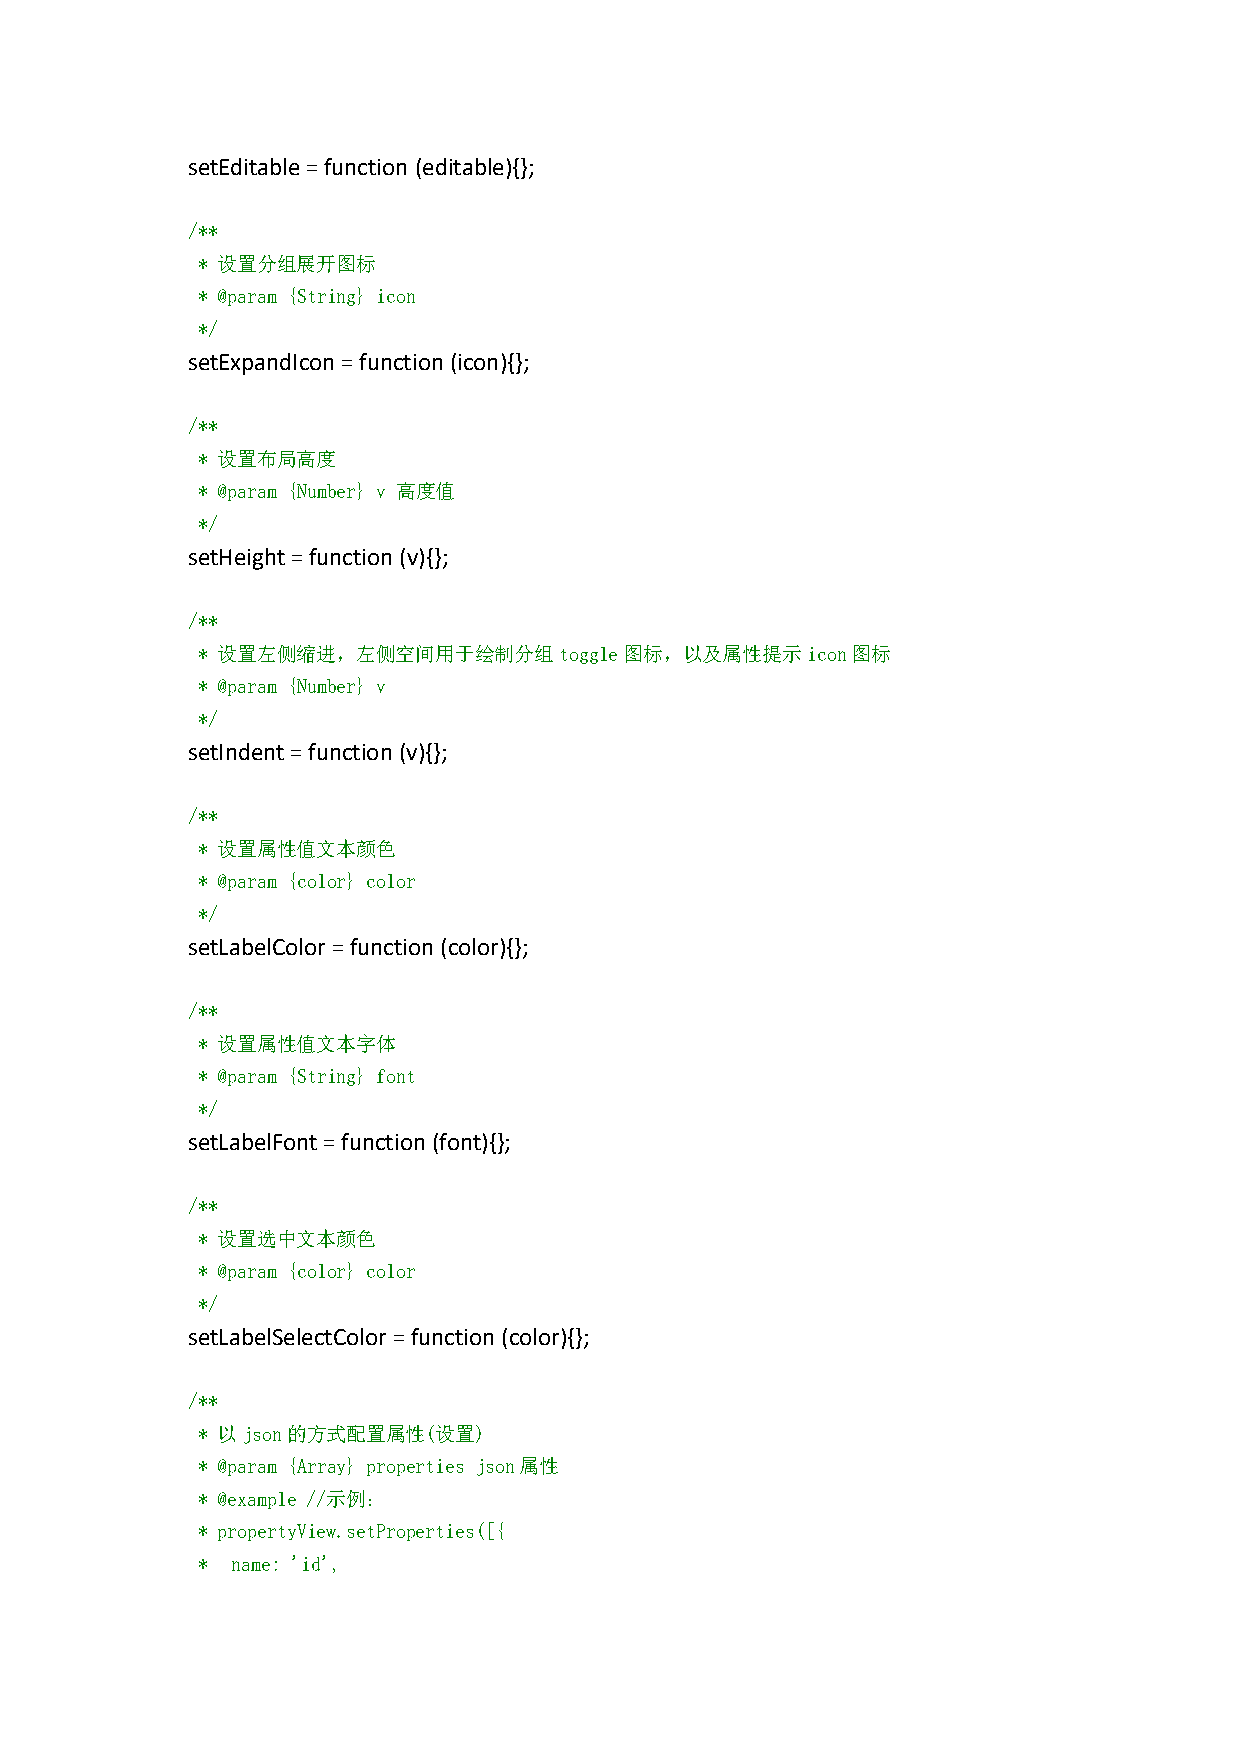
setEditable=function (editable){};
 /**
 * 设置分组展开图标
 * @param {String} icon
 */
 setExpandIcon=function(icon){};
 /**
 * 设置布局高度
 * @param {Number} v 高度值
 */
 setHeight=function(v){};
 /**
 * 设置左侧缩进，左侧空间用于绘制分组toggle图标，以及属性提示icon图标
 * @param {Number} v
 */
 setIndent=function(v){};
 /**
 * 设置属性值文本颜色
 * @param {color} color
 */
 setLabelColor=function(color){};
 /**
 * 设置属性值文本字体
 * @param {String} font
 */
 setLabelFont=function(font){};
 /**
 * 设置选中文本颜色
 * @param {color} color
 */
 setLabelSelectColor=function(color){};
 /**
 * 以json的方式配置属性(设置)
 * @param {Array} properties json属性
 * @example //示例：
 * propertyView.setProperties([{
 * name: 'id',